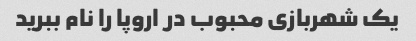
یک شهربازی محبوب در اروپا را نام ببرید